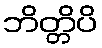
ဘိတ္တိပိ